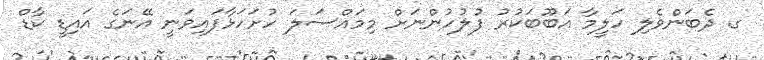
ގ. ދެބަންވެލި ހަލީމާ އަބޫބަކުރު ފުލުހުންނަށް މިމައްސަލަ ހުށަހަޅާފައިވަނީ އޭނަގެ އައިޑީ ކާޑް